Leaving Certificate Examination, 1925
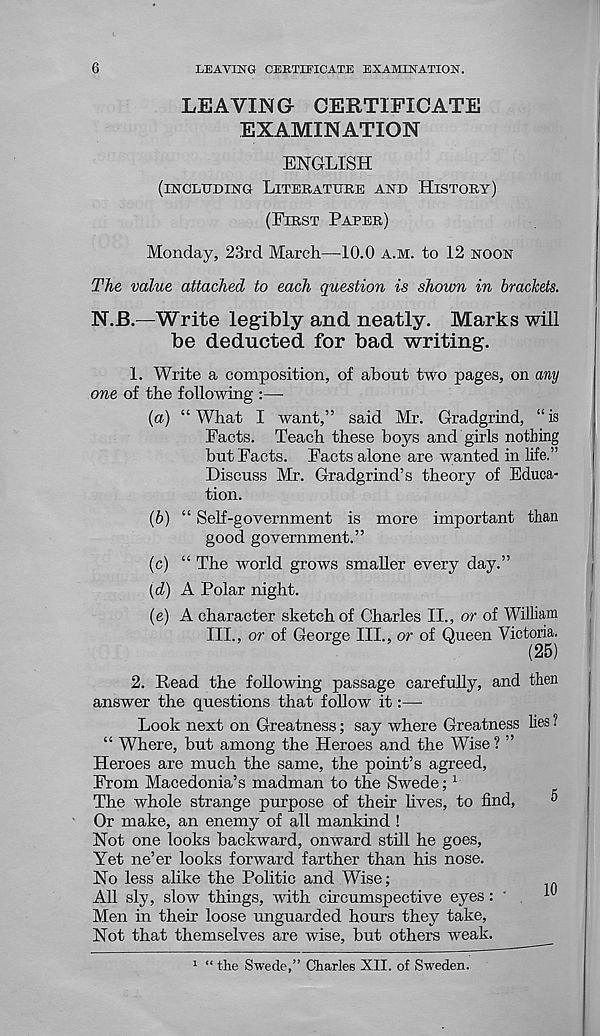
6
LEAVING CERTIEICATE EXAMINATION.
LEAVING CERTIFICATE
EXAMINATION
ENGLISH
(INCLUDING LITERATURE AND HISTORY)
(FIRST PAPER)
Monday, 23rd March—10.0 A.M. to 12 NOON
The value attached to each question is shown in brackets.
N.E.—Write legibly and neatly. Marks will
be deducted for bad writing.
1. Write a composition, of about two pages, on any
one of the following :—
(a) “ What I want,” said Mr. Gradgrind, “ is
Facts. Teach these boys and girls nothing
but Facts. Facts alone are wanted in life.”
Discuss Mr. Gradgrind’s theory of Educa-
tion.
(b) “ Self-government is more important than
good government.”
(c) “ The world grows smaller every day.”
(d) A Polar night.
(e) A character sketch of Charles II., or of William
III., or of George III., or of Queen Victoria.
(25)
2. Read the following passage carefully, and then
answer the questions that follow it:—
Look next on Greatness; say where Greatness lies ?
“ Where, but among the Heroes and the Wise ? ”
Heroes are much the same, the point’s agreed,
From Macedonia’s madman to the Swede; 1
The whole strange purpose of their lives, to find,
®
Or make, an enemy of all mankind !
Not one looks backward, onward still he goes,
Yet ne’er looks forward farther than his nose.
No less alike the Politic and Wise;
All sly, slow things, -with circumspective eyes: '
Men in their loose unguarded hours they take,
Not that themselves are wise, but others weak.
1 “ the Swede,” Charles XII. of Sweden.